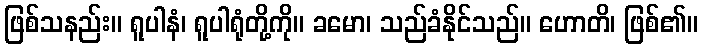
ဖြစ်သနည်း။ ရူပါနံ၊ ရူပါရုံတို့ကို။ ခမော၊ သည်ခံနိုင်သည်။ ဟောတိ၊ ဖြစ်၏။